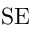
\mathrm { S E }